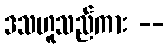
ဒသဟူသည်ကား --